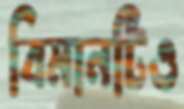
বিমানটিও